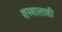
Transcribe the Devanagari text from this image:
शस्त्रालाही